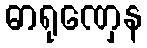
ဓာရုဏှေန